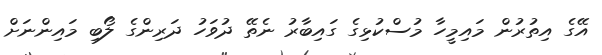
އޭގެ އިތުރުން މައިމީހާ މުސްކުޅިގެ ގައިބާރު ނެތޭ ދުވަހު ދަރިންގެ ލޯބި މައިންނަށް